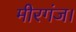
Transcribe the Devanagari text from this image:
मीरगंज।